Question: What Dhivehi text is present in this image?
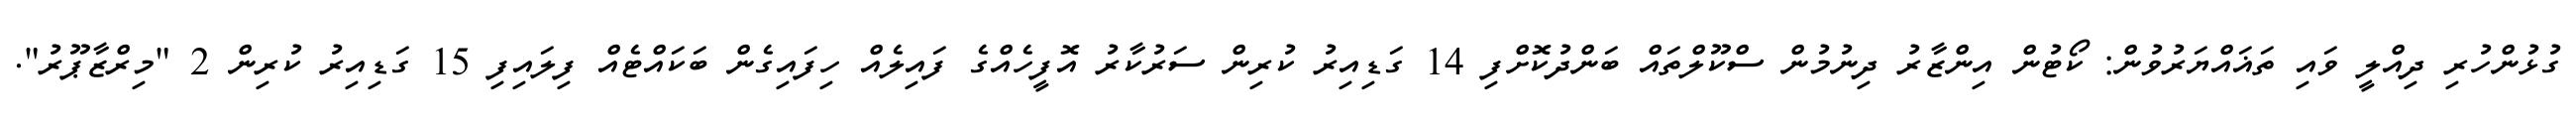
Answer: ގުޅުންހުރި ދިއްލީ ވައި ތަޣައްޔަރުވުން: ކޯޓުން އިންޒާރު ދިނުމުން ސްކޫލްތައް ބަންދުކޮށްފި 14 ގަޑިއިރު ކުރިން ސަރުކާރު އޮފީހެއްގެ ފައިލެއް ހިފައިގެން ބަކައްޓެއް ފިލައިފި 15 ގަޑިއިރު ކުރިން 2 "މިރްޒާޕޫރު".